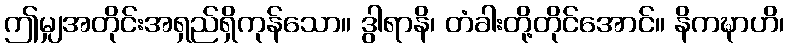
ဤမျှအတိုင်းအရှည်ရှိကုန်သော။ ဒွါရာနိ၊ တံခါးတို့တိုင်အောင်။ နိကဍ္ဎာဟိ၊